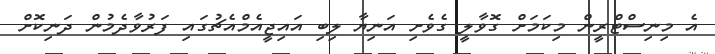
އެ މިނިސްޓްރީން މިކަމަށް ގޮވާލީ ގެވެށި އަނިޔާ ލިބި އައިޖީއެމްއެޗުގައި ފަރުވާދެމުން ދަނިކޮށް